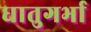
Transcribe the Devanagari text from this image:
धातुगर्भा